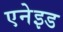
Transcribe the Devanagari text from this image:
एनेइड